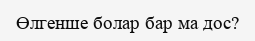
Өлгенше болар бар ма дос?